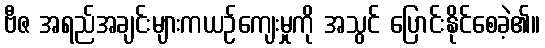
ဗီဇ အရည်အချင်းများကယဉ်ကျေးမှုကို အသွင် ပြောင်းနိုင်စေခဲ့၏။